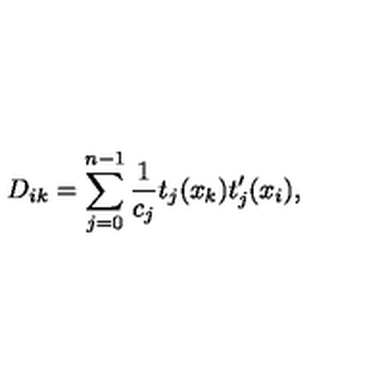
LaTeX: D _ { i k } = \sum _ { j = 0 } ^ { n - 1 } \frac { 1 } { c _ { j } } t _ { j } ( x _ { k } ) t _ { j } ^ { \prime } ( x _ { i } ) ,